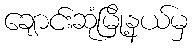
ချောင်းဆုံမြို့နယ်မှ